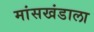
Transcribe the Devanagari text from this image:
मांसखंडाला